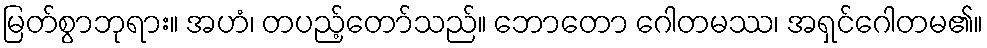
မြတ်စွာဘုရား။ အဟံ၊ တပည့်တော်သည်။ ဘောတော ဂေါတမဿ၊ အရှင်ဂေါတမ၏။